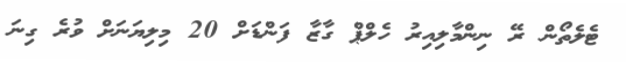
ޓެލެތޯން ރޭ ނިންމާލިއިރު ހެލްޕް ގާޒާ ފަންޑަށް 20 މިލިޔަނަށް ވުރެ ގިނަ